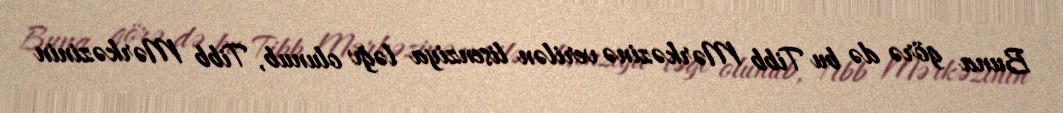
Buna görə də bu Tibb Mərkəzinə verilən lisenziya ləğv olunub, Tibb Mərkəzinin